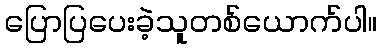
ပြောပြပေးခဲ့သူတစ်ယောက်ပါ။